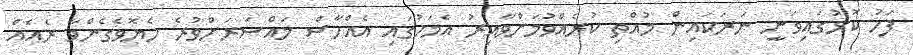
ފަހު ކޮޅުގައިވަނީ ނަރަކައިން މުއްތި ކުރެއްވުމަށްވާއިރު އެމަހުގައި އެއްހާސް މައްސަރަށްވުރެ ހެޔޮވެގެންވާ ރެއެއް